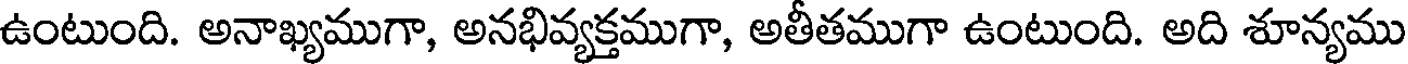
ఉంటుంది. అనాఖ్యముగా, అనభివ్యక్తముగా, అతీతముగా ఉంటుంది. అది శూన్యము